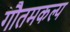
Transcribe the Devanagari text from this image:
गौतमकल्प